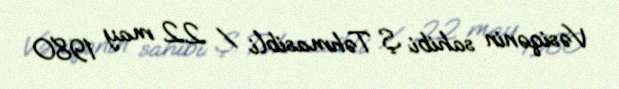
Vəsiqənin sahibi: Ş. Təhmasibli / 22 may 1980